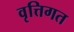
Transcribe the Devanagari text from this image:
वृत्तिगत